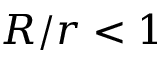
R / r < 1